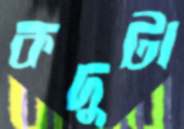
কদুটা